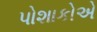
પોશાકોએ